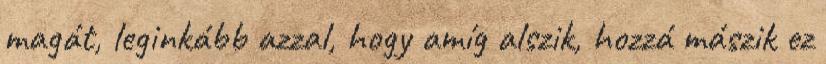
magát, leginkább azzal, hogy amíg alszik, hozzá mászik ez